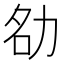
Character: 𪟚